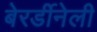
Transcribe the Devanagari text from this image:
बेरर्डीनेली